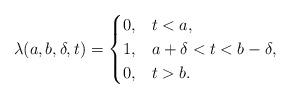
LaTeX: \begin{align*}\lambda(a,b,\delta, t) =\begin{cases}0, & t < a, \\1, & a+\delta< t < b-\delta, \\0, & t >b .\end{cases}\end{align*}